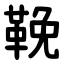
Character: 鞔